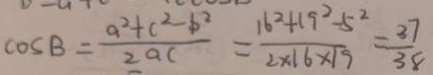
\cos B = \frac { a ^ { 2 } + c ^ { 2 } - b ^ { 2 } } { 2 a c } = \frac { 1 6 ^ { 2 } + 1 9 ^ { 2 } - 5 ^ { 2 } } { 2 \times 1 6 \times 1 9 } = \frac { 3 7 } { 3 8 }